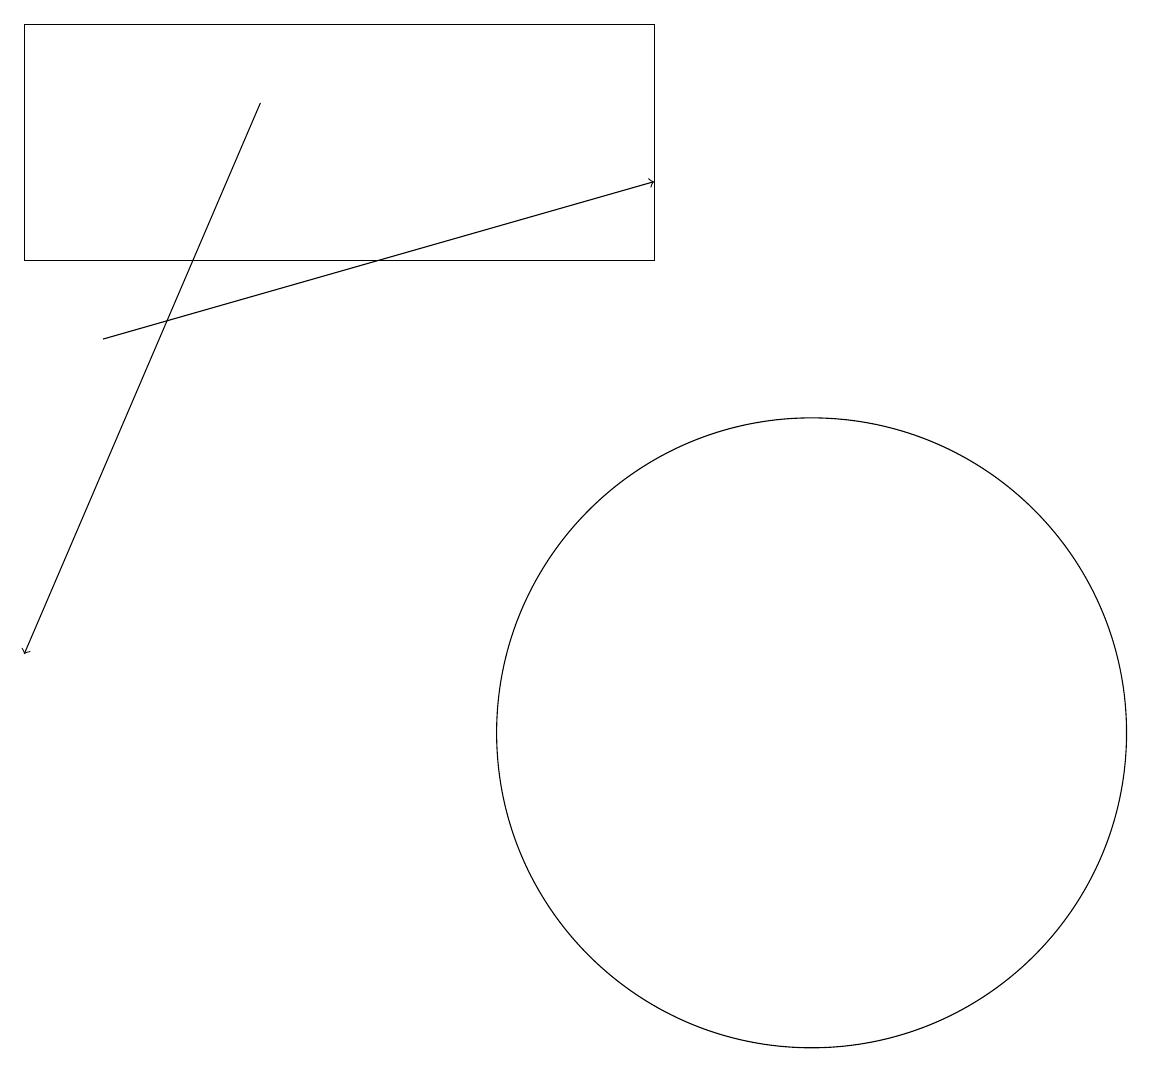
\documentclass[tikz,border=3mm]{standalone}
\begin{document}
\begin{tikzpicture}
\draw[->] (2,15) -- (9,17);
\draw (11,10) circle (4);
\draw (9,19) rectangle (1,16);
\draw[->] (4,18) -- (1,11);
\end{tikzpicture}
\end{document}